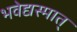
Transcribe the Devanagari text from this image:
भवेद्यस्मात्